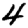
Digit: 4